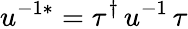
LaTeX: u^{-1*}=\tau^{\dagger}\, u^{-1}\, \tau